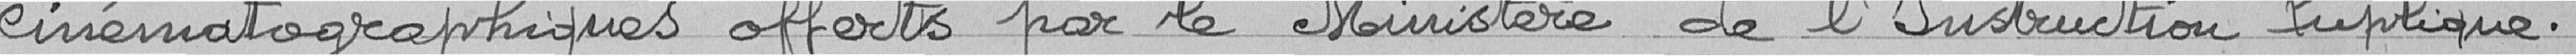
cinématographiques offerts par le Ministère de l'Instruction Publique.